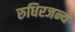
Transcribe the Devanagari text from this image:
रुधिरजन्य